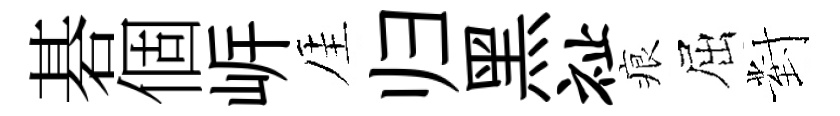
碁個㟁厓归黑祉痕屈對